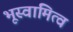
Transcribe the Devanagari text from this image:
भूस्वामित्व